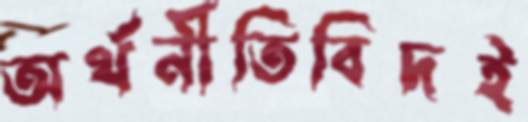
অর্থনীতিবিদই